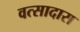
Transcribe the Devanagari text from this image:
वत्सादास